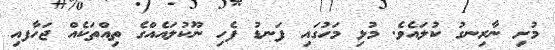
މުށި ނާރިނގު ކުލައެވެ. މުޅި މަހުގައި ފަނޑު ފެހި ނޫކުލައެއްގެ ތިއްތަކެއް ޖަހާފއި